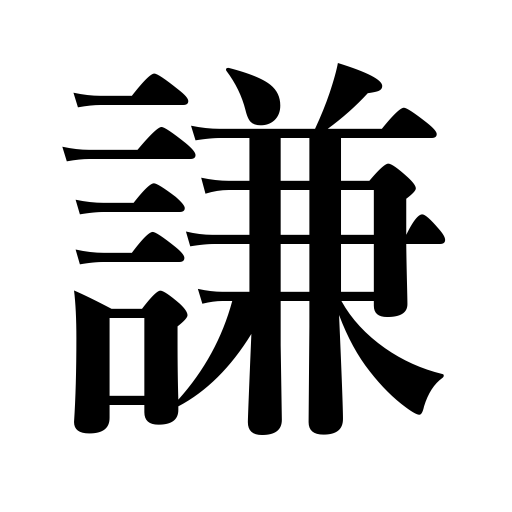
Meanings: condescend,humble oneself,be modest